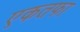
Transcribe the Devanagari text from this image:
एकतफा